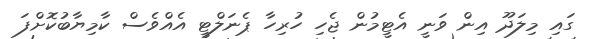
ގައި މިލަދޫ އިން ވަނީ އެޓީމުން ޖެހި ހުރިހާ ޕެނަލްޓީ އެއްވެސް ކާމިޔާބުކޮށްފަ